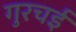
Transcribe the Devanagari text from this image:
गुरचई